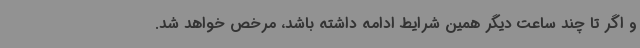
و اگر تا چند ساعت دیگر همین شرایط ادامه داشته باشد، مرخص خواهد شد.